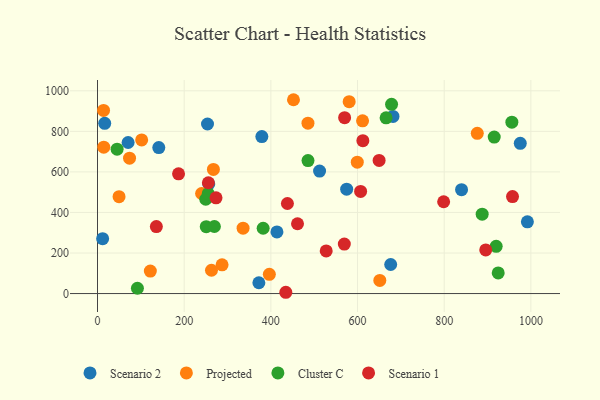
{"axis": {"x": "Engine Size", "y": "Rating"}, "legend": ["Cluster C", "Projected", "Scenario 1", "Scenario 2"], "data": [{"x": "253.8", "y": 836.2, "type": "Scenario 2"}, {"x": "840.0", "y": 512.4, "type": "Scenario 2"}, {"x": "11.8", "y": 270.9, "type": "Scenario 2"}, {"x": "676.5", "y": 143.3, "type": "Scenario 2"}, {"x": "975.5", "y": 741.2, "type": "Scenario 2"}, {"x": "681.8", "y": 873.7, "type": "Scenario 2"}, {"x": "414.0", "y": 304.1, "type": "Scenario 2"}, {"x": "70.6", "y": 745.1, "type": "Scenario 2"}, {"x": "141.4", "y": 719.8, "type": "Scenario 2"}, {"x": "574.9", "y": 515.0, "type": "Scenario 2"}, {"x": "256.7", "y": 540.5, "type": "Scenario 2"}, {"x": "379.2", "y": 774.2, "type": "Scenario 2"}, {"x": "512.4", "y": 604.0, "type": "Scenario 2"}, {"x": "991.9", "y": 353.6, "type": "Scenario 2"}, {"x": "16.6", "y": 839.6, "type": "Scenario 2"}, {"x": "372.3", "y": 53.3, "type": "Scenario 2"}, {"x": "396.5", "y": 94.6, "type": "Projected"}, {"x": "267.4", "y": 612.2, "type": "Projected"}, {"x": "611.6", "y": 851.9, "type": "Projected"}, {"x": "335.9", "y": 322.7, "type": "Projected"}, {"x": "287.4", "y": 141.5, "type": "Projected"}, {"x": "580.7", "y": 946.3, "type": "Projected"}, {"x": "452.2", "y": 956.0, "type": "Projected"}, {"x": "13.9", "y": 903.4, "type": "Projected"}, {"x": "876.3", "y": 790.3, "type": "Projected"}, {"x": "14.4", "y": 722.0, "type": "Projected"}, {"x": "240.2", "y": 493.6, "type": "Projected"}, {"x": "263.0", "y": 115.0, "type": "Projected"}, {"x": "73.9", "y": 667.5, "type": "Projected"}, {"x": "485.6", "y": 840.5, "type": "Projected"}, {"x": "49.7", "y": 477.7, "type": "Projected"}, {"x": "121.9", "y": 110.9, "type": "Projected"}, {"x": "101.9", "y": 757.8, "type": "Projected"}, {"x": "651.4", "y": 64.7, "type": "Projected"}, {"x": "599.4", "y": 648.0, "type": "Projected"}, {"x": "924.6", "y": 101.9, "type": "Cluster C"}, {"x": "250.9", "y": 329.8, "type": "Cluster C"}, {"x": "915.4", "y": 771.7, "type": "Cluster C"}, {"x": "678.5", "y": 933.2, "type": "Cluster C"}, {"x": "919.9", "y": 232.8, "type": "Cluster C"}, {"x": "269.7", "y": 330.8, "type": "Cluster C"}, {"x": "956.1", "y": 845.1, "type": "Cluster C"}, {"x": "92.1", "y": 26.2, "type": "Cluster C"}, {"x": "382.2", "y": 322.2, "type": "Cluster C"}, {"x": "249.8", "y": 465.1, "type": "Cluster C"}, {"x": "887.6", "y": 391.7, "type": "Cluster C"}, {"x": "485.7", "y": 655.8, "type": "Cluster C"}, {"x": "45.2", "y": 711.9, "type": "Cluster C"}, {"x": "665.9", "y": 866.7, "type": "Cluster C"}, {"x": "255.5", "y": 492.5, "type": "Cluster C"}, {"x": "798.7", "y": 452.7, "type": "Scenario 1"}, {"x": "273.4", "y": 472.2, "type": "Scenario 1"}, {"x": "255.8", "y": 546.6, "type": "Scenario 1"}, {"x": "649.8", "y": 656.6, "type": "Scenario 1"}, {"x": "434.5", "y": 6.3, "type": "Scenario 1"}, {"x": "957.6", "y": 478.1, "type": "Scenario 1"}, {"x": "570.2", "y": 867.5, "type": "Scenario 1"}, {"x": "461.5", "y": 344.3, "type": "Scenario 1"}, {"x": "527.7", "y": 210.2, "type": "Scenario 1"}, {"x": "438.2", "y": 444.1, "type": "Scenario 1"}, {"x": "135.8", "y": 330.5, "type": "Scenario 1"}, {"x": "187.0", "y": 590.4, "type": "Scenario 1"}, {"x": "895.8", "y": 215.3, "type": "Scenario 1"}, {"x": "607.1", "y": 503.5, "type": "Scenario 1"}, {"x": "569.5", "y": 244.2, "type": "Scenario 1"}, {"x": "612.3", "y": 753.8, "type": "Scenario 1"}]}